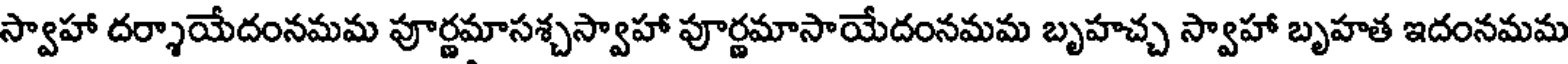
స్వాహా దర్శాయేదంనమమ పూర్ణమాసశ్చస్వాహా పూర్ణమాసాయేదంనమమ బృహచ్చ స్వాహా బృహత ఇదంనమమ